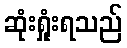
ဆုံးရှုံးရသည်